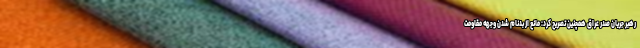
رهبر جریان صدر عراق همچنین تصریح کرد: مانع از بدنام شدن وجهه مقاومت